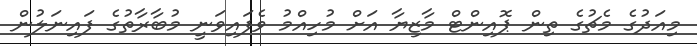
މިއަދުގެ މެޗުގެ ތިން ޕޮއިންޓް މާޒިޔާ އަށް މުހިއްމު ވެފައިވަނީ މުބާރާތުގެ ފައިނަލުން